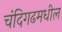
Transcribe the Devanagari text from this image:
चंदिगढमधील